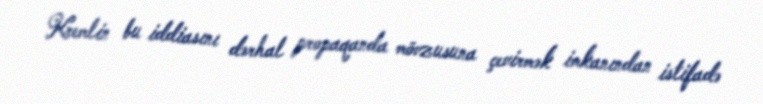
Kremlin bu iddiasını dərhal propaqanda mövzusuna çevirmək imkanından istifadə